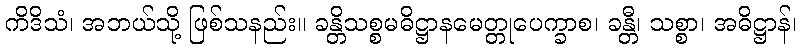
ကိဒိသံ၊ အဘယ်သို့ ဖြစ်သနည်း။ ခန္တိသစ္စမဓိဋ္ဌာနမေတ္တုပေက္ခာစ၊ ခန္တီ၊ သစ္စာ၊ အဓိဋ္ဌာန်၊